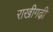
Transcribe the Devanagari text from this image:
राखीगढी़